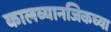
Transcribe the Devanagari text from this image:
कालव्यानजिकच्या